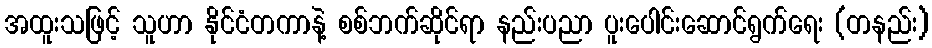
အထူးသဖြင့် သူဟာ နိုင်ငံတကာနဲ့ စစ်ဘက်ဆိုင်ရာ နည်းပညာ ပူးပေါင်းဆောင်ရွက်ရေး (တနည်း)